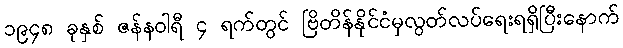
၁၉၄၈ ခုနှစ် ဇန်နဝါရီ ၄ ရက်တွင် ဗြိတိန်နိုင်ငံမှလွတ်လပ်ရေးရရှိပြီးနောက်